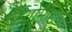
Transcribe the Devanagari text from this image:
जियोमेट्रिया